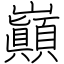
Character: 巓